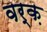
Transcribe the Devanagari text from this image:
वर्क़